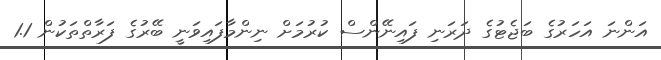
އަންނަ އަހަރުގެ ބަޖެޓުގެ ދަރަނި ފައިނޭންސް ކުރުމަށް ނިންމާފައިވަނީ ބޭރުގެ ފަރާތްތަކުން 1.1